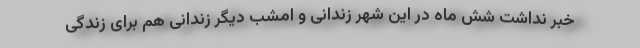
خبر نداشت شش ماه در این شهر زندانی و امشب دیگر زندانی هم برای زندگی